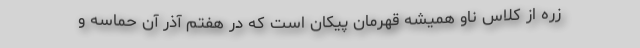
زره از کلاس ناو همیشه قهرمان پیکان است که در هفتم آذر آن حماسه و